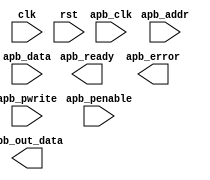
module apb_controller (
    input        clk,
    input        rst,
    input        apb_clk,
    input        [7:0] apb_addr,
    input        [31:0] apb_data,
    input        apb_penable,
    input        apb_pwrite,
    output reg  apb_ready,
    output reg  [31:0] apb_out_data,
    output reg  apb_error
);

// Configurable timing parameters
parameter CLK_FREQ = 50; // in MHz
parameter SETUP_TIME = 2; // in clock cycles
parameter HOLD_TIME = 1; // in clock cycles

// Synchronization logic
always @(posedge clk) begin
    if (rst) begin
        // Reset logic
    end else begin
        // Data transfer logic
    end
end

// Error detection and correction
always @(posedge clk) begin
    if (rst) begin
        // Reset error logic
    end else begin
        // Error detection and correction logic
    end
end

endmodule